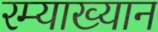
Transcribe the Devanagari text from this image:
रम्याख्यान